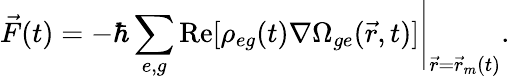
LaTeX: \vec{F}(t)=-\hbar\sum_{e,g}\mathrm{Re}[\rho_{eg}(t)\nabla\Omega_{ge}(\vec{r},t)]\Bigg\rvert_{\vec{r}=\vec{r}_{m}(t)}.